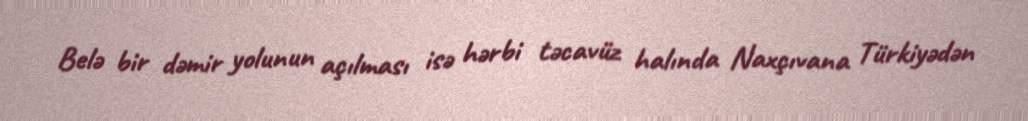
Belə bir dəmir yolunun açılması isə hərbi təcavüz halında Naxçıvana Türkiyədən